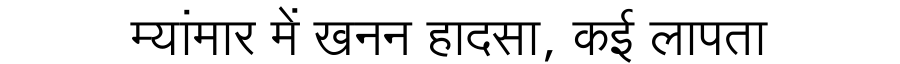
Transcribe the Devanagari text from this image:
म्यांमार में खनन हादसा, कई लापता